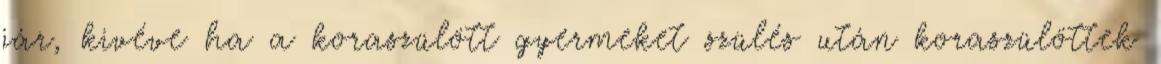
jár, kivéve ha a koraszülött gyermeket szülés után koraszülöttek